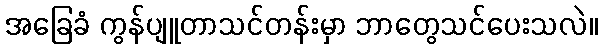
အခြေခံ ကွန်ပျူတာသင်တန်းမှာ ဘာတွေသင်ပေးသလဲ။